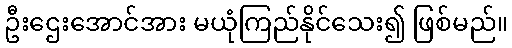
ဦးဌေးအောင်အား မယုံကြည်နိုင်သေး၍ ဖြစ်မည်။